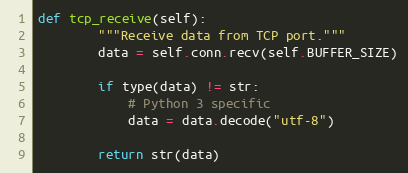
Language: Python
def tcp_receive(self):
        """Receive data from TCP port."""
        data = self.conn.recv(self.BUFFER_SIZE)

        if type(data) != str:
            # Python 3 specific
            data = data.decode("utf-8")

        return str(data)